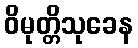
ဝိမုတ္တိသုခေန